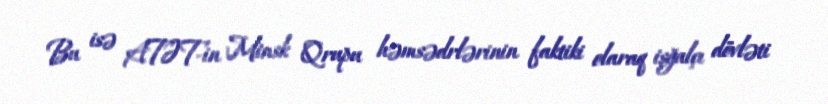
Bu isə ATƏT-in Minsk Qrupu həmsədrlərinin faktiki olaraq işğalçı dövləti